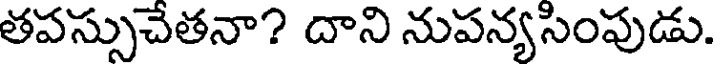
తపస్సుచేతనా? దాని నుపన్యసింపుడు.